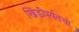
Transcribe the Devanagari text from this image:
खिंडीपर्यंतचा